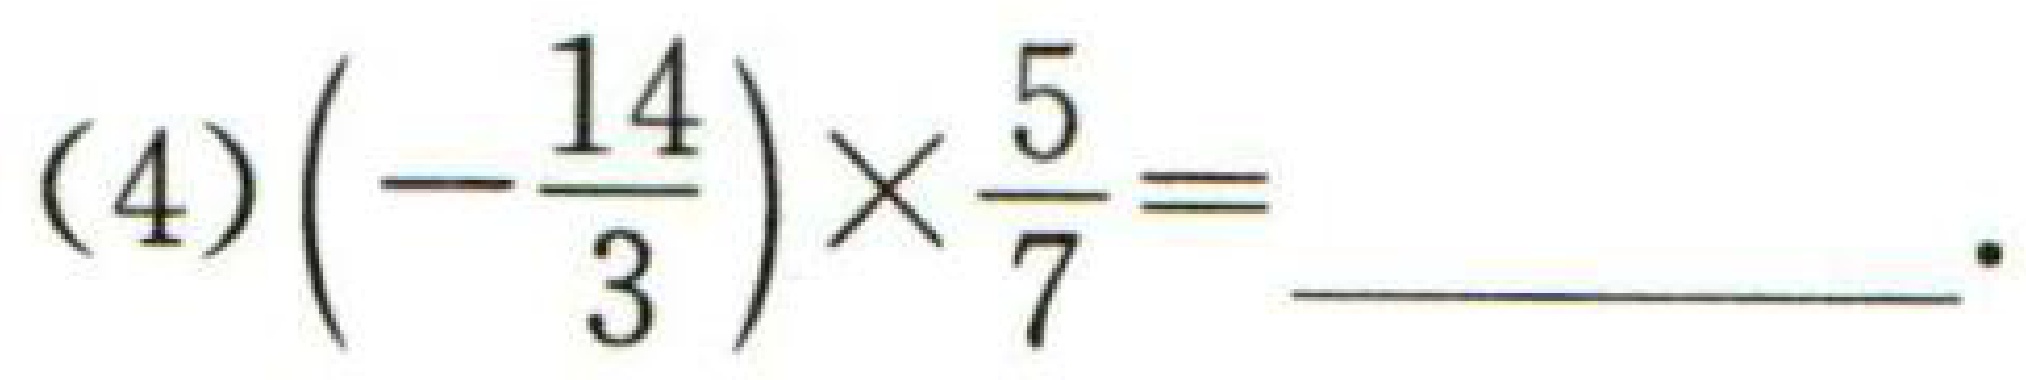
(4)\(\left(-\dfrac{14}{3}\right)\times\dfrac{5}{7}=\underline{\quad\quad}\).